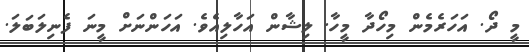
މީ ދޯ. އަހަރެމެން މިހޯދާ މީހާ. ލިޝާން އަހާލިއެވެ. އަހަންނަށް މީނަ ފެނިލަބަލަ.